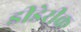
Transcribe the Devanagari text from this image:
डीडेरीक